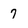
Character: 7